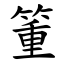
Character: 箽